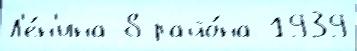
Л'е́н'ина 8 райо́на 1939